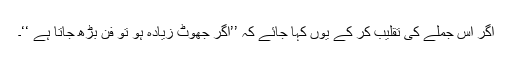
اگر اس جملے کی تقلیب کر کے یوں کہا جائے کہ ’’اگر جھوٹ زیادہ ہو تو فن بڑھ جاتا ہے ‘‘۔